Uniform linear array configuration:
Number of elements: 48
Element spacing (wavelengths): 1
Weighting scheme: hamming
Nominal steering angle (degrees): -60
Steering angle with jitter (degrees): -61.052
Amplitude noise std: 0.05
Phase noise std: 0.05

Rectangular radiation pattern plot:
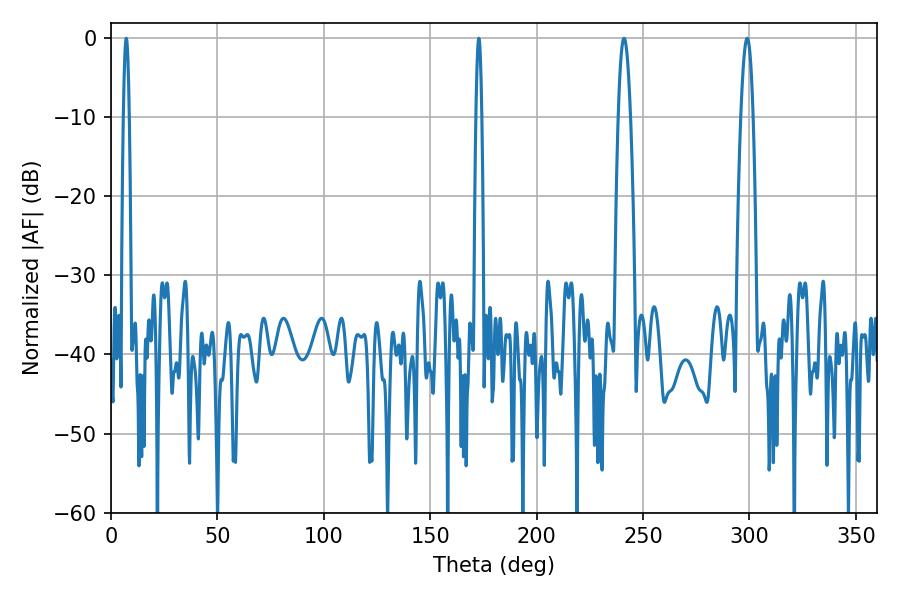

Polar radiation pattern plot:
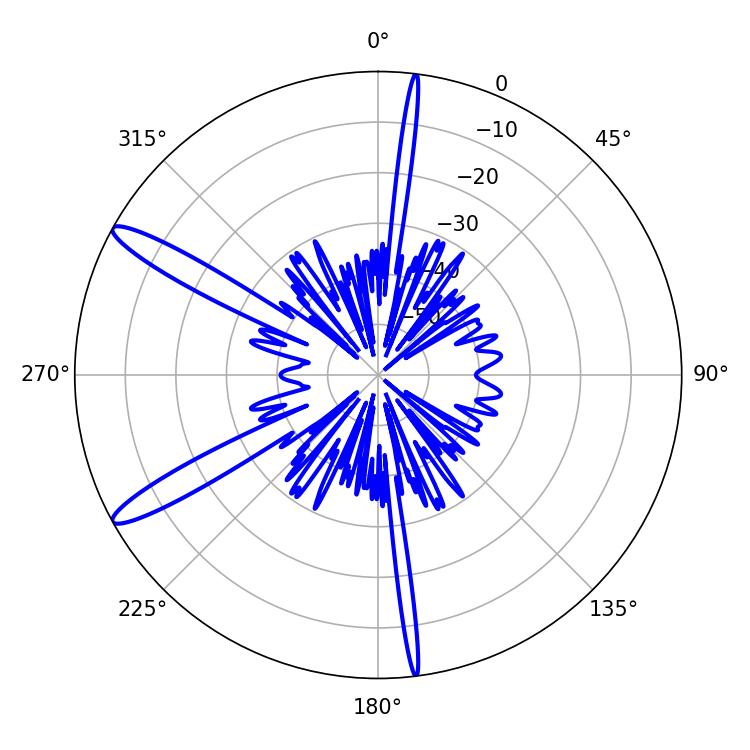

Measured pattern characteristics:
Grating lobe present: TRUE
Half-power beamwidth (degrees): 3.06
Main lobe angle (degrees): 241.02